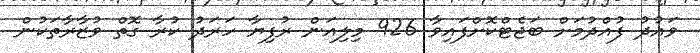
ވައުދު ފުއްދުމަށް ބަޖެޓްކޮށްފައިވާ 926 މިލިއަން ރުފިޔާ ހަރަަދު ކުރާ ގޮތް ވުޒާރާތަކުން